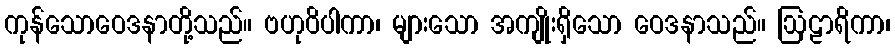
ကုန်သောဝေဒနာတို့သည်။ ဗဟုဝိပါကာ၊ များသော အကျိုးရှိသော ဝေဒနာသည်။ ဩဠာရိကာ၊